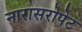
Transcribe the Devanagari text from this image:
नारासरोपेट